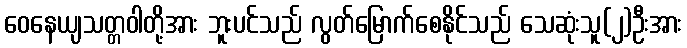
ဝေနေယျသတ္တဝါတို့အား ဘူးပင်သည် လွတ်မြောက်စေနိုင်သည် သေဆုံးသူ(၂)ဦးအား